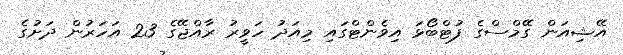
އޭޝިއަން ގޭމްސްގެ ފުޓްބޯޅަ އިވެންޓްގައި މިއަދު ހަވީރު ރާއްޖޭގެ 23 އަހަރުން ދަށުގެ